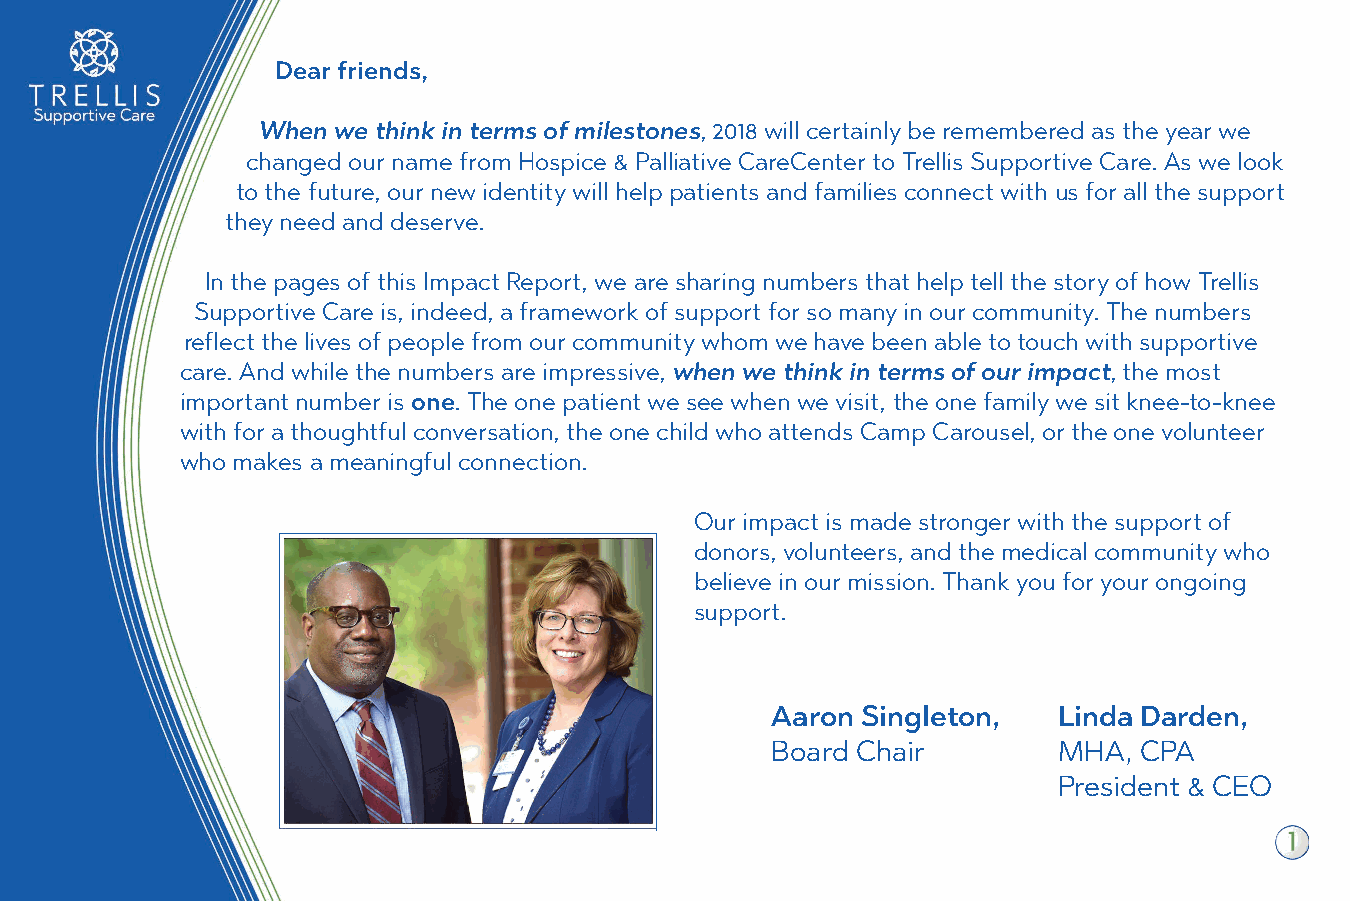
Dear friends,
 When we think in terms of milestones, 2018 will certainly be remembered as the year we
 changed our name from Hospice & Palliative CareCenter to Trellis Supportive Care. A s we look
 to the future, our new identity will help patients and families connect with us for all the support
 they need and deserve.
 In the pages of this Impact Report, we are sharing numbers that help tell the story of how Trellis
 Supportive Care is, indeed, a framework of support for so many in our community. The numbers
 reflect the lives of people from our community whom we have been able to touch with supportive
 care. And while the numbers are impressive, when we think in terms of our impact, the most
 important number is one. The one patient we see when we visit, t he one family we sit knee-to-knee
 with for a thoughtful conversation, the one child who attends Camp Carousel, or the one volunteer
 who makes a meaningful connection.
 Our impact is made stronger with the support of
 donors, volunteers, and the medical community who
 believe in our mission. Thank you for your ongoing
 support.
 Aaron Singleton,   Linda Darden,
 Board Chair        MHA, CPA
 President & CEO